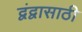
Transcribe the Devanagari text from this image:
द्वंद्वासाठी